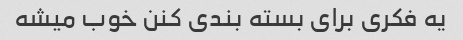
یه فکری برای بسته بندی کنن خوب میشه